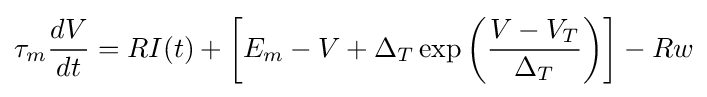
\tau _{m}{\frac {dV}{dt}}=RI(t)+\left[E_{m}-V+\Delta _{T}\exp \left({\frac {V-V_{T}}{\Delta _{T}}}\right)\right]-Rw